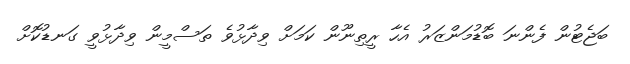
ބަޖެޓުން ފެންނަ ބޮޑުމަންޒަރު އެހާ ރީތިނޫން ކަމަށް ވިދާޅުވެ ތަސްމީން ވިދާޅުވީ ގަނޑުކޮށް